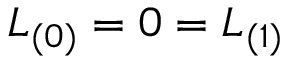
{ \cal L } _ { ( 0 ) } = 0 = { \cal L } _ { ( 1 ) }